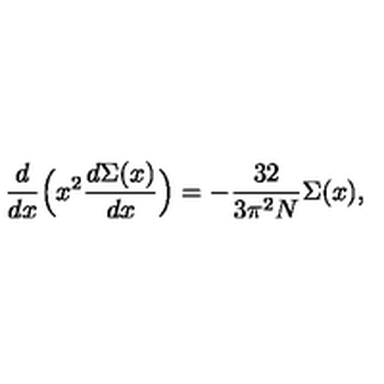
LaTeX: \frac { d } { d x } \Bigl ( x ^ { 2 } \frac { d \Sigma ( x ) } { d x } \Bigr ) = - \frac { 3 2 } { 3 \pi ^ { 2 } N } \Sigma ( x ) ,